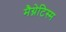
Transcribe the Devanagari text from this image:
मैग्नेटिस्म